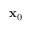
\mathbf { x } _ { 0 }